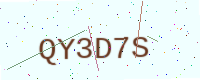
Text: QY3D7S